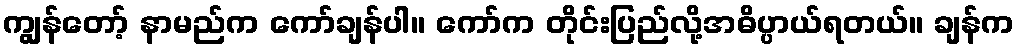
ကျွန်တော့် နာမည်က ကော်ချန်ပါ။ ကော်က တိုင်းပြည်လို့အဓိပ္ပာယ်ရတယ်။ ချန်က